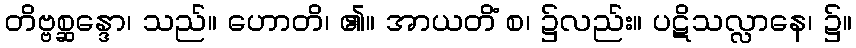
တိဗ္ဗစ္ဆန္ဒော၊ သည်။ ဟောတိ၊ ၏။ အာယတိံ စ၊ ၌လည်း။ ပဋိသလ္လာနေ၊ ၌။